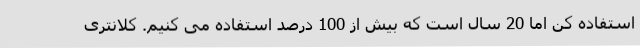
استفاده کن اما 20 سال است که بیش از 100 درصد استفاده می کنیم. کلانتری